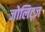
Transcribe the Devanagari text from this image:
जोलिट्ज़